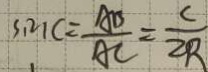
\sin C = \frac { A B } { A C } = \frac { C } { 2 R }